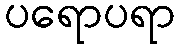
ပရောပရာ